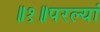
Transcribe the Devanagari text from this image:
॥१॥परल्यां